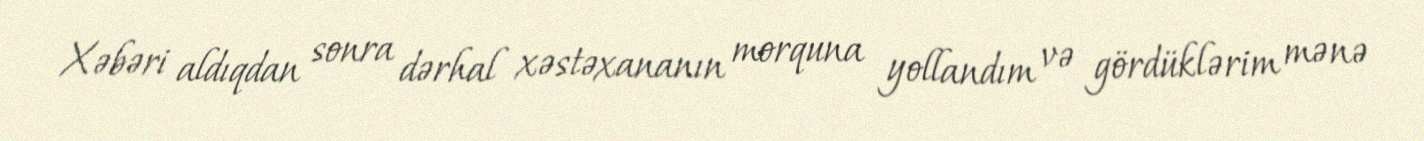
Xəbəri aldıqdan sonra dərhal xəstəxananın morquna yollandım və gördüklərim mənə